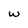
Character: W